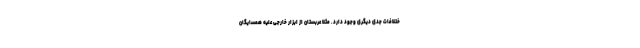
ختلافات جدی دیگری وجود دارد. مثلا عربستان از ابزار خارجی علیه همسایگان